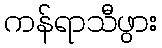
ကန်ရာသီဖွား